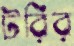
টরির